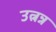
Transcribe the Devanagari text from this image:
उत्नन्न